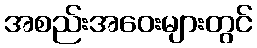
အစည်းအဝေးများတွင်